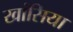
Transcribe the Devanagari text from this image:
खांसिया